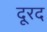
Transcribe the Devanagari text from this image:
दूरद